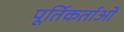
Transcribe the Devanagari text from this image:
पूर्तिकर्ताओं